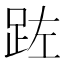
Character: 𮛏